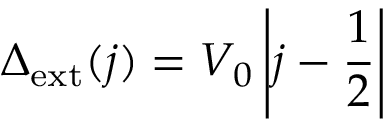
\Delta _ { \mathrm { { e x t } } } ( j ) = V _ { 0 } \left| j - \frac { 1 } { 2 } \right|